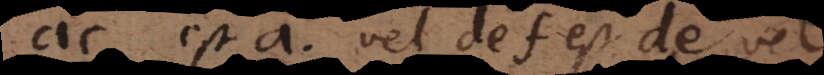
ac est a vel def est de vel